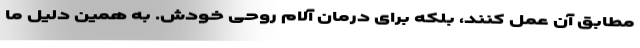
مطابق آن عمل کنند، بلکه برای درمان آلام روحی خودش. به همین دلیل ما